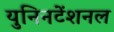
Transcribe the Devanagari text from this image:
युनिनटेंशनल